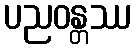
ပညဝန္တဿ